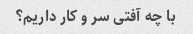
با چه آفتی سر و کار داریم؟